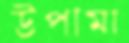
উপামা